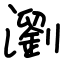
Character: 瀏